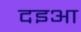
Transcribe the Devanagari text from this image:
दइआ